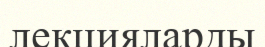
лекцияларды